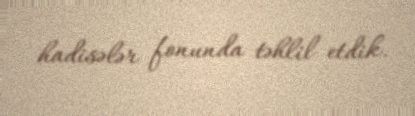
hadisələr fonunda təhlil etdik.